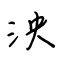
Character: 泱